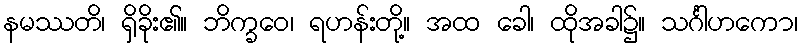
နမဿတိ၊ ရှိခိုး၏။ ဘိက္ခဝေ၊ ရဟန်းတို့။ အထ ခေါ၊ ထိုအခါ၌။ သင်္ဂါဟကော၊